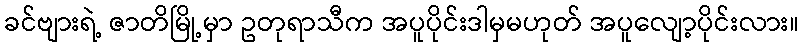
ခင်ဗျားရဲ့ ဇာတိမြို့မှာ ဥတုရာသီက အပူပိုင်းဒါမှမဟုတ် အပူလျော့ပိုင်းလား။